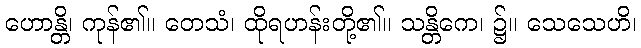
ဟောန္တိ၊ ကုန်၏။ တေသံ၊ ထိုရဟန်းတို့၏။ သန္တိကေ၊ ၌။ သေသေဟိ၊